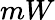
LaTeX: mW